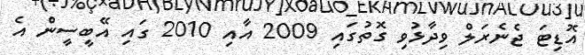
އޮޑިޓަ ޖެނެރަލް ވިދާޅުވި ގޮތުގައި 2009 އާއި 2010 ގައި އޭބީސީން އެ